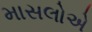
માસલોએ